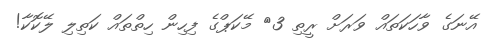
އޭނަގެ ވާހަކަތައް ވަރަށް ރީތި 3> މޭކަޕްގެ ފިހިން ހިތްތައް ކަތިލި ލޭކޮކާ!